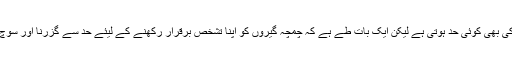
کہتے ہیں کہ چمچہ گیری کی بھی کوئی حد ہوتی ہے لیکن ایک بات طے ہے کہ چمچہ گیروں کو اپنا تشخص برقرار رکھنے کے لیئے حد سے گزرنا اور سوچ کے انداز کو بدلنا ہوتا ہے۔